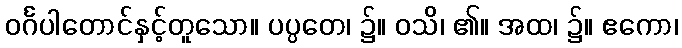
ဝင်္ဂပါတောင်နှင့်တူသော။ ပပ္ပတေ၊ ၌။ ဝသိ၊ ၏။ အထ၊ ၌။ ဧကော၊